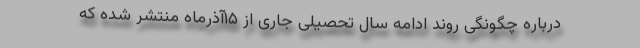
درباره چگونگی روند ادامه سال تحصیلی جاری از ١۵آذرماه منتشر شده که